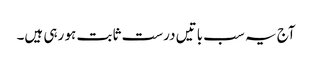
آج یہ سب باتیں درست ثابت ہو رہی ہیں۔